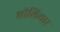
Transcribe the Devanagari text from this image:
शोलियार